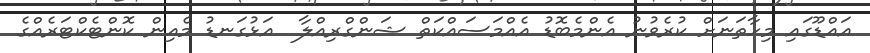
އައްޑޫގައި މިހާތަނަށް ކުރެވުނު އެންމެބޮޑު އެއްމަސައްކަތް ޝަންގްރިއްލާ  އަޅުގަނޑު މެއިން ކޮންޓެކްޓަރެއްގެ